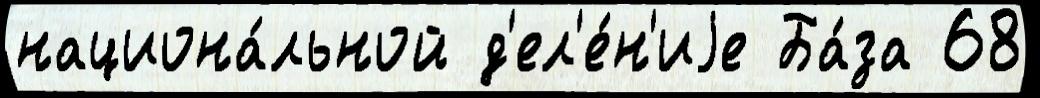
национа́льной д'ел'е́н'иjе Ба́за 68